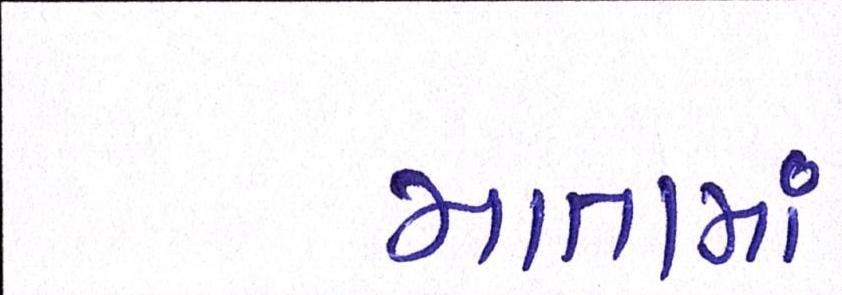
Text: માતામાં